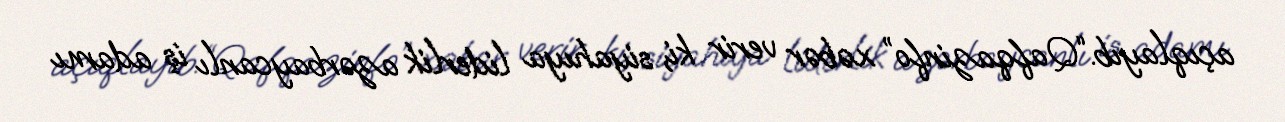
açıqlayıb.“Qafqazinfo” xəbər verir ki, siyahıya liderlik azərbaycanlı iş adamı